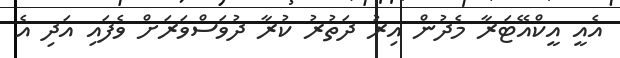
އެއީ އީކްއޭޓަރާ މެދުން އިރު ދަތުރު ކުރާ ދުވަސްވަރަށް ވެފައި އަދި އެ